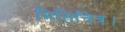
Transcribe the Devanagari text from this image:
भित्तिचित्र।